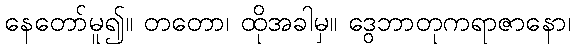
နေတော်မူ၍။ တတော၊ ထိုအခါမှ။ ဒွေဘာတုကရာဇာနော၊